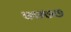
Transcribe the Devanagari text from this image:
७७७७